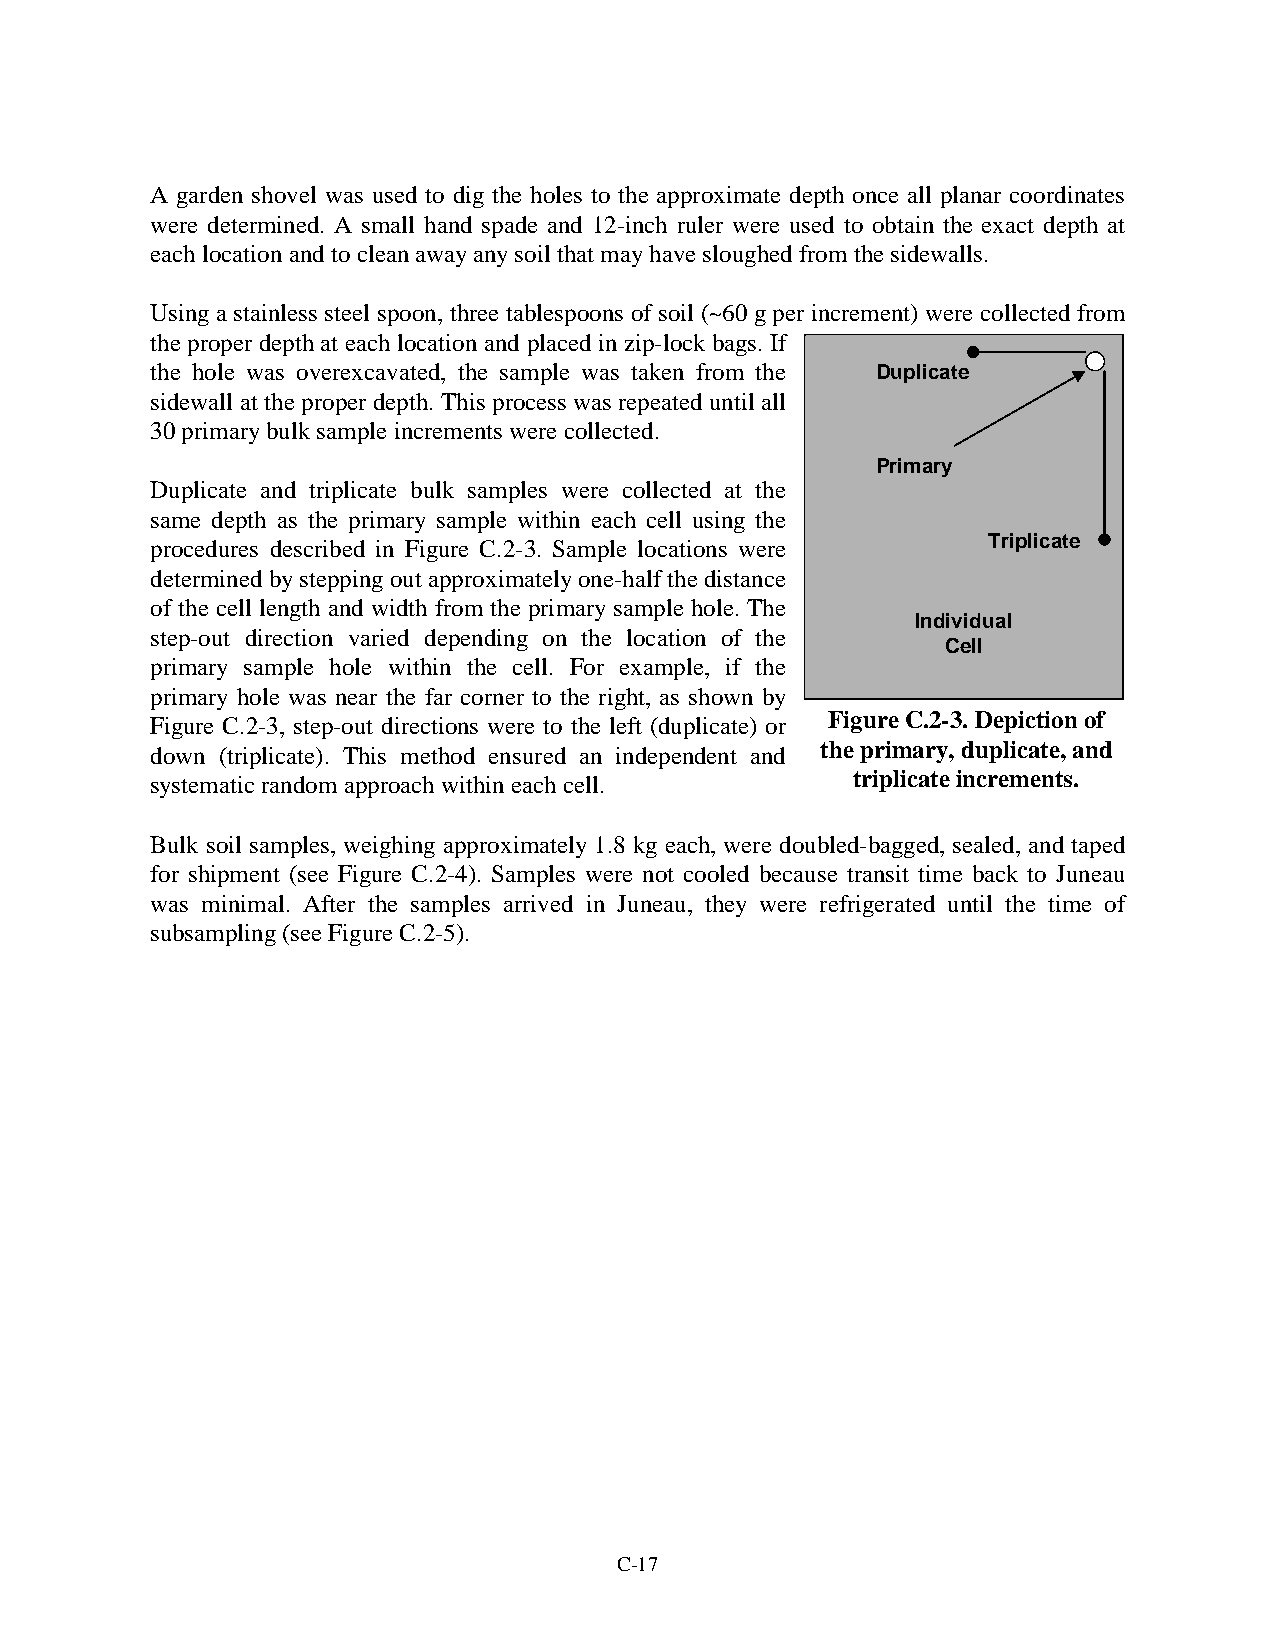
A garden shovel was used to dig the holes to the approximate depth once all planar coordinates
 were determined. A small hand spade and 12-inch ruler were used to obtain the exact depth at
 each location and to clean away any soil that may have sloughed from the sidewalls.
 Using a stainless steel spoon, three tablespoons of soil (~60 g per increment) were collected from
 the proper depth at each location and placed in zip-lock bags. If
 the hole was overexcavated, the sample was taken from the Duplicate
 sidewall at the proper depth. This process was repeated until all
 30 primary bulk sample increments were collected.
 Primary
 Duplicate and triplicate bulk samples were collected at the
 same depth as the primary sample within each cell using the
 procedures described in Figure C.2-3. Sample locations were Triplicate
 determined by stepping out approximately one-half the distance
 of the cell length and width from the primary sample hole. The
 Individual
 step-out direction varied depending on the location of the
 Cell
 primary sample hole within the cell. For example, if the
 primary hole was near the far corner to the right, as shown by
 Figure C.2-3, step-out directions were to the left (duplicate) or Figure C.2-3. Depiction of
 the primary, duplicate, and
 down (triplicate). This method ensured an independent and
 systematic random approach within each cell.  triplicate increments.
 Bulk soil samples, weighing approximately 1.8 kg each, were doubled-bagged, sealed, and taped
 for shipment (see Figure C.2-4). Samples were not cooled because transit time back to Juneau
 was minimal. After the samples arrived in Juneau, they were refrigerated until the time of
 subsampling (see Figure C.2-5).
 C-17